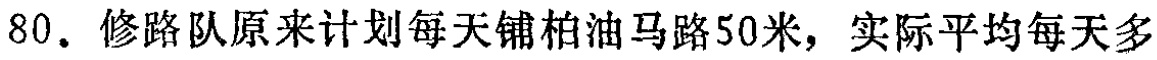
80. 修路队原来计划每天铺柏油马路50米，实际平均每天多